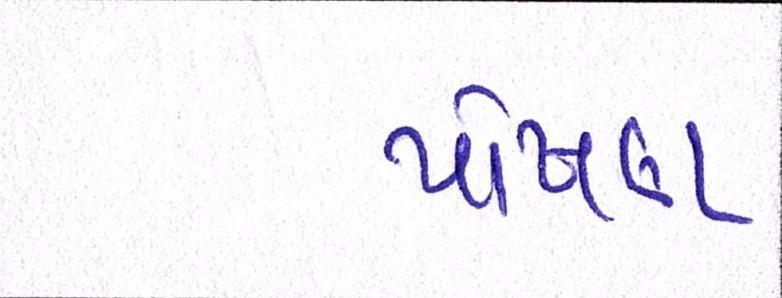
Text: પોષણ